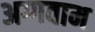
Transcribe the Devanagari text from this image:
अग्गवाम